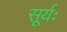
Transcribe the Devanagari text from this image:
सूर्यः